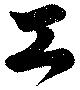
工